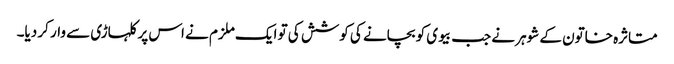
متاثرہ خاتون کے شوہر نے جب بیوی کو بچانے کی کوشش کی تو ایک ملزم نے اس پر کلہاڑی سے وار کر دیا۔